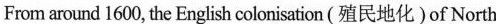
From around 1600, the English colonisation (殖民地化 )of North